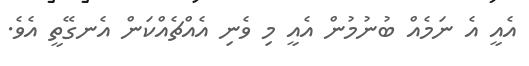
އެއީ އެ ނަމެއް ބުނުމުން އެއީ މި ވެނި އެއްޗެއްކަން އެނގޭތީ އެވެ.